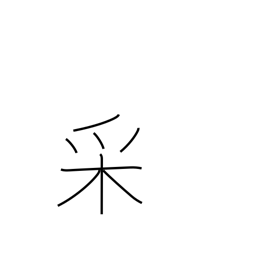
Meaning: appearance